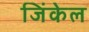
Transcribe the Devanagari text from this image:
जिंकेल